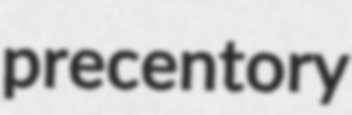
precentory